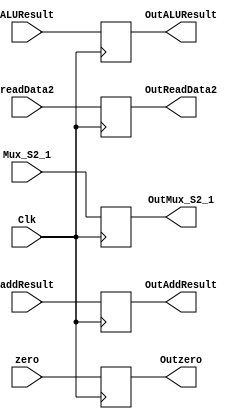
`timescale 1ns/1ns


module EX_MEM (
/*
    input WBrw,
    input WBmtoreg,
	input MBranch,
	input MMemRead,
	input MMemWrite,
	*/
    input [31:0] addResult,
    input zero, 
	input [31:0] ALUResult, 
	input [31:0] readData2,
    input [4:0] Mux_S2_1,
	input Clk,
	/*
	input OutWBrw,
    input OutWBmtoreg,
	output reg OutBranch,
	output reg OutMemRead,
	output reg OutMemWrite,
	*/
    output reg [31:0] OutAddResult,
    output reg Outzero,
	output reg [31:0] OutALUResult, 
	output reg [31:0] OutReadData2,
    output reg [4:0] OutMux_S2_1
	
   
   
);
    always @(posedge Clk)
    begin
	
    OutAddResult = addResult;
    Outzero = zero;
    OutALUResult = ALUResult;
    OutReadData2 = readData2;
    OutMux_S2_1 = Mux_S2_1;
  
   
    

end 
endmodule